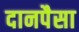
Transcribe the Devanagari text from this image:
दानपैसा